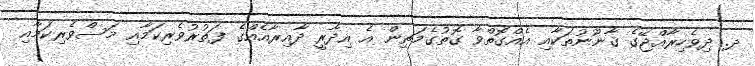
ދ. ދިވެހިރާއްޖޭގެ ޤާނޫނުތަކާއި އެއްގޮތްވާ ގޮތުގެމަތިން އެ އިދާރީ ދާއިރާއެއްގެ ފަތުރުވެރިކަމާއި މަސްވެރިކަމާއި